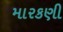
મારકણી